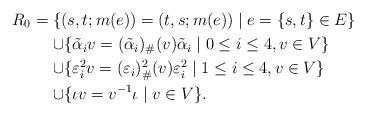
LaTeX: \begin{align*}R_0&=\{(s,t;m(e))=(t,s;m(e))\mid e=\{s,t\}\in E\}\\&\mathrel{\hphantom{=}}\cup\{\tilde\alpha_i v = (\tilde\alpha_i)_\#(v)\tilde\alpha_i\mid 0\le i\le 4, v\in V\}\\&\mathrel{\hphantom{=}}\cup\{\varepsilon_i^2 v = (\varepsilon_i)_\#^2(v)\varepsilon_i^2\mid 1\le i\le 4, v\in V\}\\&\mathrel{\hphantom{=}}\cup\{\iota v = v^{-1}\iota\mid v\in V\}.\end{align*}